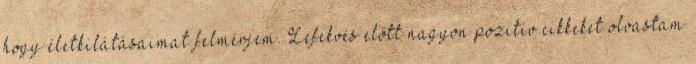
hogy életkilátásaimat felmérjem. Lefekvés előtt nagyon pozitív cikkeket olvastam